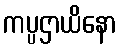
ကပ္ပဌာယိနော